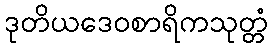
ဒုတိယဒေဝစာရိကသုတ္တံ